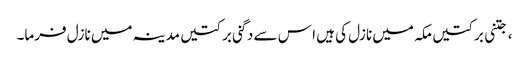
، جتنی برکتیں مکہ میں نازل کی ہیں ا س سے دگنی برکتیں مدینہ میں نازل فرما۔